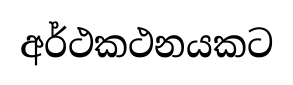
අර්ථකථනයකට